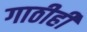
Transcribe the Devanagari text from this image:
गाठीही